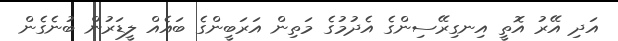
އަދި އޭރު އޮތީ އިނގިރޭސިންގެ އެދުމުގެ މަތިން އަރަބީންގެ ބައެއް ލީޑަރުން ބުނެގެން